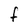
Character: F